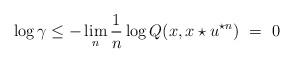
LaTeX: \begin{align*}\log \gamma \leq - \lim_n \frac{1}{n} \log Q(x, x\star u^{\star n}) ~=~ 0\end{align*}